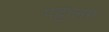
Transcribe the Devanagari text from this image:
पट्टालम